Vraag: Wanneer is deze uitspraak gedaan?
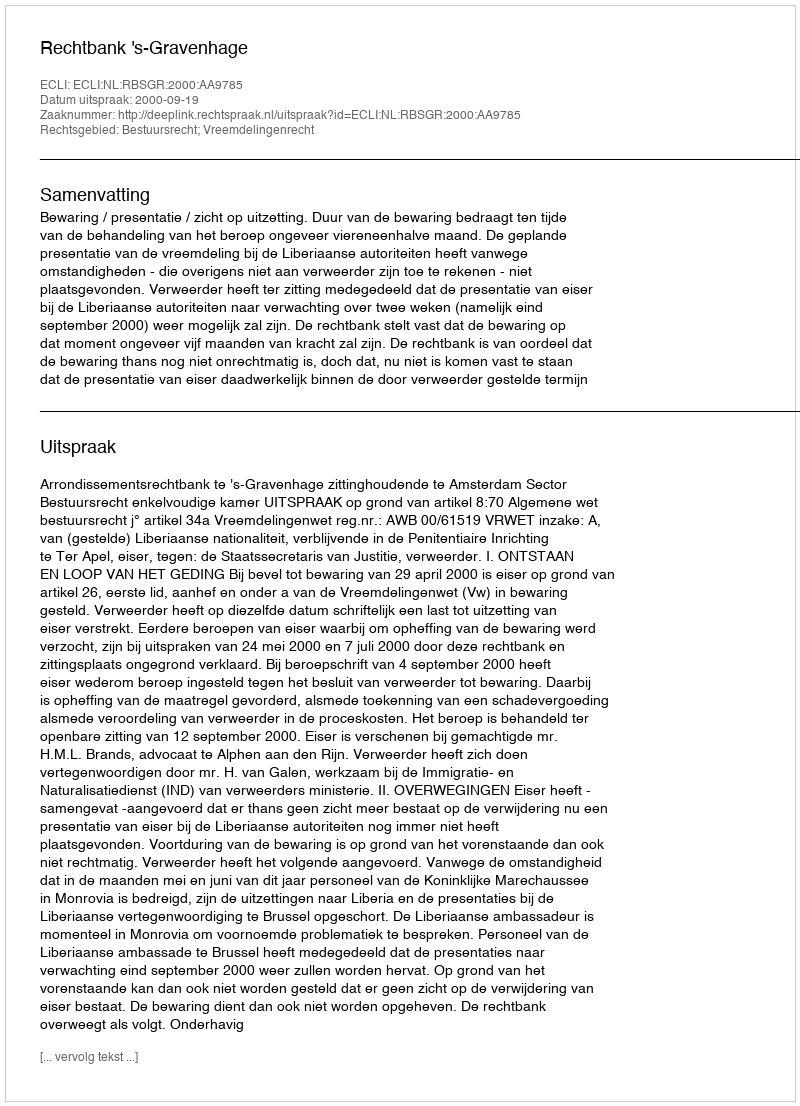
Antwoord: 2000-09-19